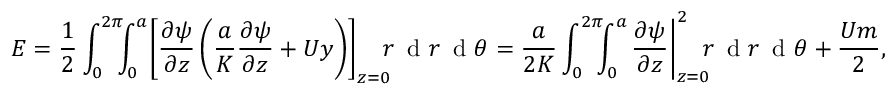
E = \frac { 1 } { 2 } \int _ { 0 } ^ { 2 \pi } \! \! \! \int _ { 0 } ^ { a } \! \left[ \frac { \partial \psi } { \partial z } \left( \frac { a } { K } \frac { \partial \psi } { \partial z } + U y \right) \right] _ { z = 0 } \! \! \! r \, \textrm { d } r \, \textrm { d } \theta = \frac { a } { 2 K } \int _ { 0 } ^ { 2 \pi } \! \! \! \int _ { 0 } ^ { a } \! \left. \frac { \partial \psi } { \partial z } \right| _ { z = 0 } ^ { 2 } \! \! \! r \, \textrm { d } r \, \textrm { d } \theta + \frac { U m } { 2 } ,